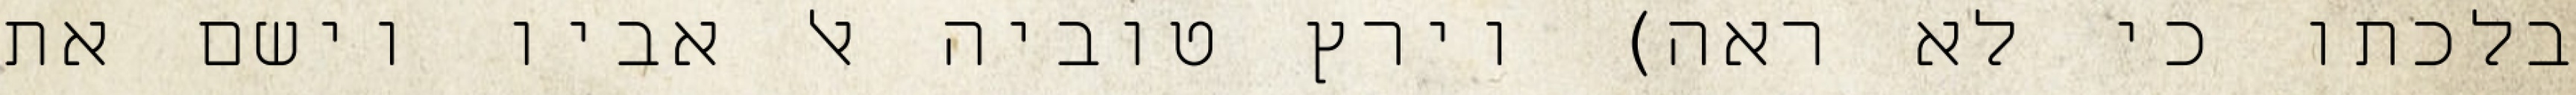
בלכתו כי לא ראה) וירץ טוביה אל אביו וישם את